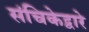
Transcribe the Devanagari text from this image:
संचिकेद्वारे